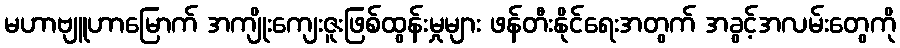
မဟာဗျူဟာမြောက် အကျိုးကျေးဇူးဖြစ်ထွန်းမှုများ ဖန်တီးနိုင်ရေးအတွက် အခွင့်အလမ်းတွေကို